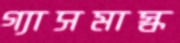
গ্যাসমাস্ক